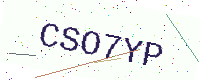
Text: CSO7YP